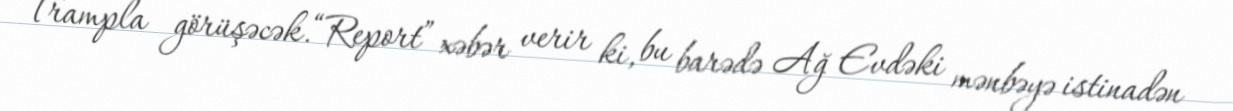
Trampla görüşəcək.“Report” xəbər verir ki, bu barədə Ağ Evdəki mənbəyə istinadən